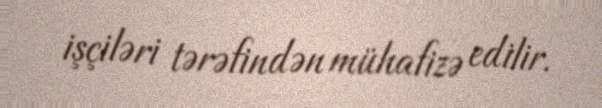
işçiləri tərəfindən mühafizə edilir.